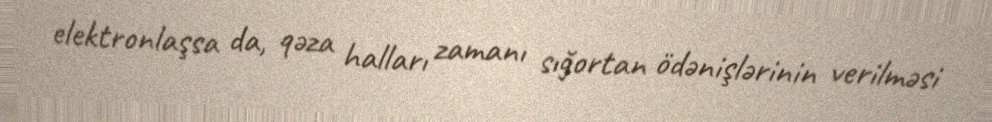
elektronlaşsa da, qəza halları zamanı sığortan ödənişlərinin verilməsi